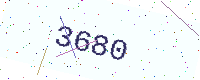
Text: 3680